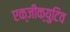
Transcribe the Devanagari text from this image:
एक्जीक्युटिव